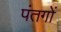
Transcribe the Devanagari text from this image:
पंतगों